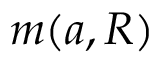
m ( { a } , R )